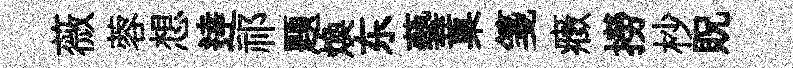
薇蓉想逹祁题煥东藝菓箋癥撈杪貺